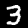
Digit: 3